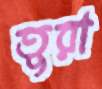
তুরা